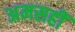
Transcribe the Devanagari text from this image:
अमसहीं